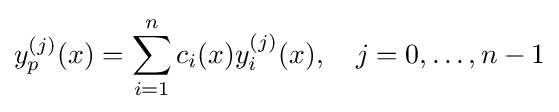
y_{p}^{(j)}(x)=\sum _{i=1}^{n}c_{i}(x)y_{i}^{(j)}(x),\quad j=0,\ldots ,n-1